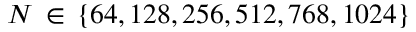
N \, \in \, \{ 6 4 , 1 2 8 , 2 5 6 , 5 1 2 , 7 6 8 , 1 0 2 4 \}